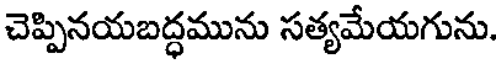
చెప్పినయబద్ధమును సత్యమేయగును